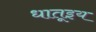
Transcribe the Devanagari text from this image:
धातूइय